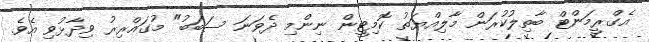
އެގްރީމަންޓް ބާތިލުކުރަން މާލިއްޔަތު ކޮމިޓީން ނިންމި ދެވަނަ ސަބަބު" މުގައްރިރު ވިދާޅުވި އެވެ.